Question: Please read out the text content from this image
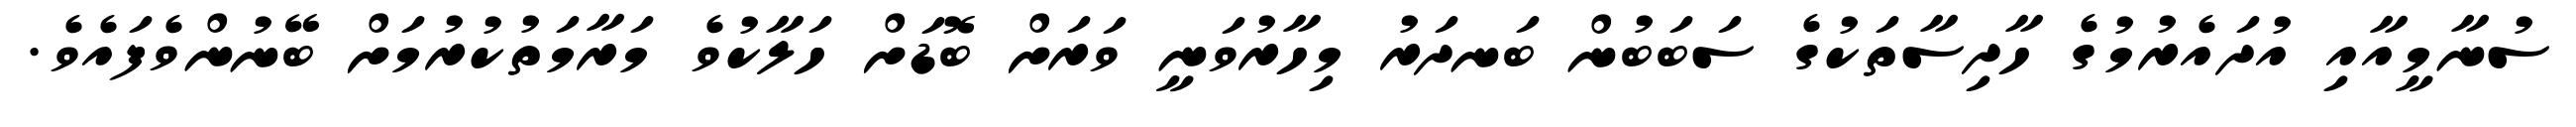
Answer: ސުނާމީއާއި އުދައެރުމުގެ ހާދިސާތަކުގެ ސަބަބުން ބަނދަރު މިހާރުވަނީ ވަރަށް ބޮޑަށް ހަލާކުވެ މަރާމަތުކުރުމަށް ބޭނުންވެފައެވެ.